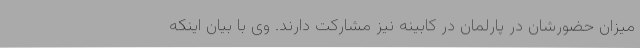
میزان حضورشان در پارلمان در کابینه نیز مشارکت دارند. وی با بیان اینکه